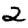
Digit: 2